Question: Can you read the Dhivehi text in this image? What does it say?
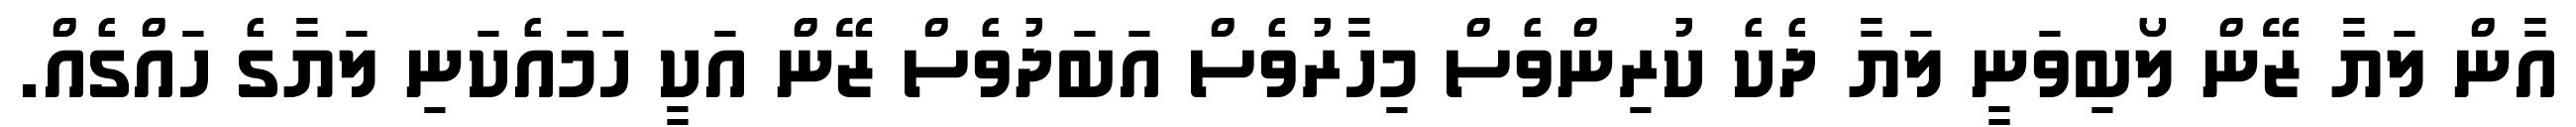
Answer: އާން ލަޔާ ޒޭން ލޯބިވަނީ ލަޔާ ދެކެ ކުރިންވެސް މިހާރުވެސް އަބަދުވެސް ޒޭން އަކީ ހަމައެކަނި ލަޔާގެ ހައްގެއް.